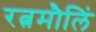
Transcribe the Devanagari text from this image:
रत्नमौलिं